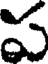
ప